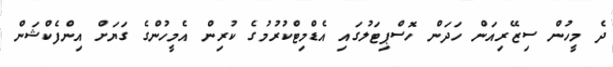
ދެ މީހުން ސިޒޭރިއަން ހަދަން ހޮސްޕިޓަލުގައި އެޑްމިޓްކުރުމުގެ ކުރިން އެމީހުންގެ ގަޔަށް އިންފެކްޝަން